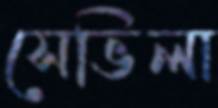
সেভিলা